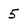
Character: 5